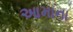
આમાના